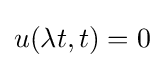
u(\lambda t,t)=0